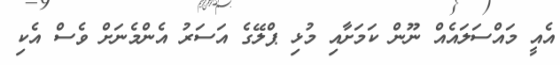
އެއީ މައްސަލައެއް ނޫން ކަމަށާއި މުޅި ޕްލޭގެ އަސަރު އެންމެނަށް ވެސް އެކި